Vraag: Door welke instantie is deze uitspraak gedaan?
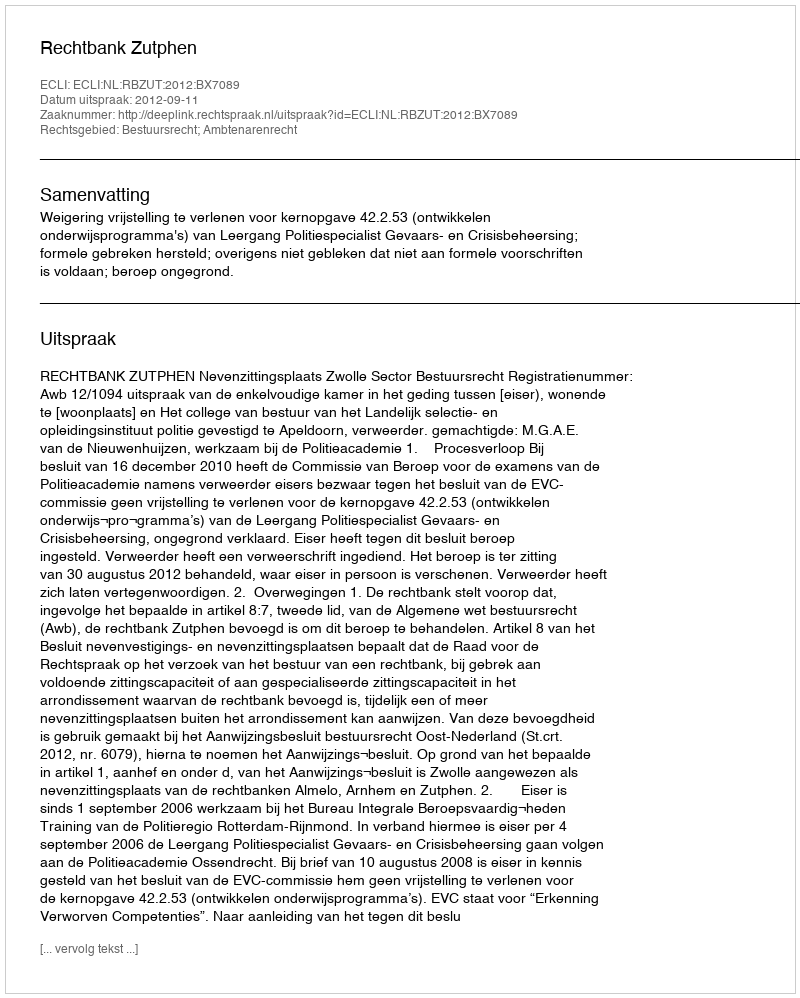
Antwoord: Rechtbank Zutphen